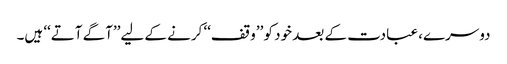
دوسرے، عبادت کے بعد خود کو ’’وقف‘‘ کرنے کے لیے’’آگے آتے‘‘ ہیں۔